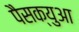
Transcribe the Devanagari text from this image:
पैसक्युआ